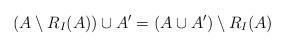
LaTeX: \begin{align*}(A\setminus R_I(A))\cup A'=(A\cup A')\setminus R_I(A)\end{align*}